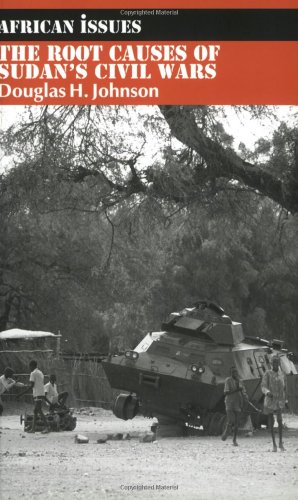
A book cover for The Root Causes of Sudan's Civil Wars (African Issues), Updated to the Peace Agreement; Douglas H. Johnson; History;